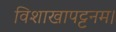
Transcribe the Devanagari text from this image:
विशाखापट्टनम।